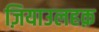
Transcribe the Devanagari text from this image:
ज़ियाउलहक़